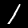
Label: 1